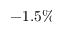
- 1 . 5 \%